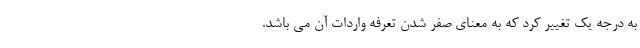
به درجه یک تغییر کرد که به معنای صفر شدن تعرفه واردات آن می باشد.